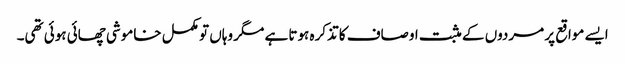
ایسے مواقع پر مردوں کے مثبت اوصاف کا تذکرہ ہوتا ہے مگر وہاں تو مکمل خاموشی چھائی ہوئی تھی۔